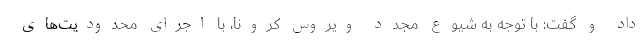
داد و گفت: با توجه به شیوع مجدد ویروس کرونا، با اجرای محدودیت‌های